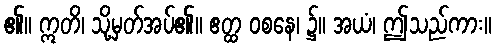
၏။ ဣတိ၊ သို့မှတ်အပ်၏။ ဧတ္ထ ဝစနေ၊ ၌။ အယံ၊ ဤသည်ကား။